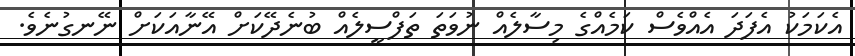
އެކަމަކު އެފަދަ އެއްވެސް ކަމެއްގެ މިސާލެއް ނުވަތަ ތަފްސީލެއް ބުނެދޭކަށް އޭނާއަކަށް ނޭނގުނެވެ.